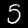
Label: 5